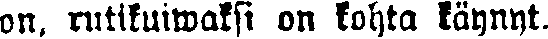
on, rutikuiwaksi on kohta käynyt.